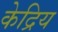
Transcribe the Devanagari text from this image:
केद्रिय